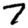
Digit: 7